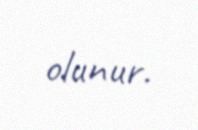
olunur.